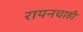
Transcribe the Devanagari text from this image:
रायनचाही